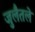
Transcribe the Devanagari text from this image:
जुलैतले